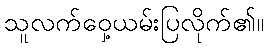
သူလက်ဝှေ့ယမ်းပြလိုက်၏။